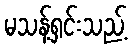
မသန့်ရှင်းသည့်